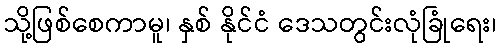
သို့ဖြစ်စေကာမူ၊ နှစ် နိုင်ငံ ဒေသတွင်းလုံခြုံရေး၊